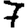
Digit: 7